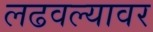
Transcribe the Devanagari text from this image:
लढवल्यावर